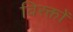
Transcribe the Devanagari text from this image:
विरक्तों